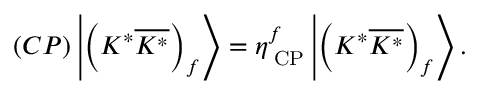
( { \cal C P } ) \left| \left( K ^ { \ast } \overline { { { K ^ { \ast } } } } \right) _ { f } \right\rangle = \eta _ { \mathrm { { \tiny ~ C P } } } ^ { f } \left| \left( K ^ { \ast } \overline { { { K ^ { \ast } } } } \right) _ { f } \right\rangle .